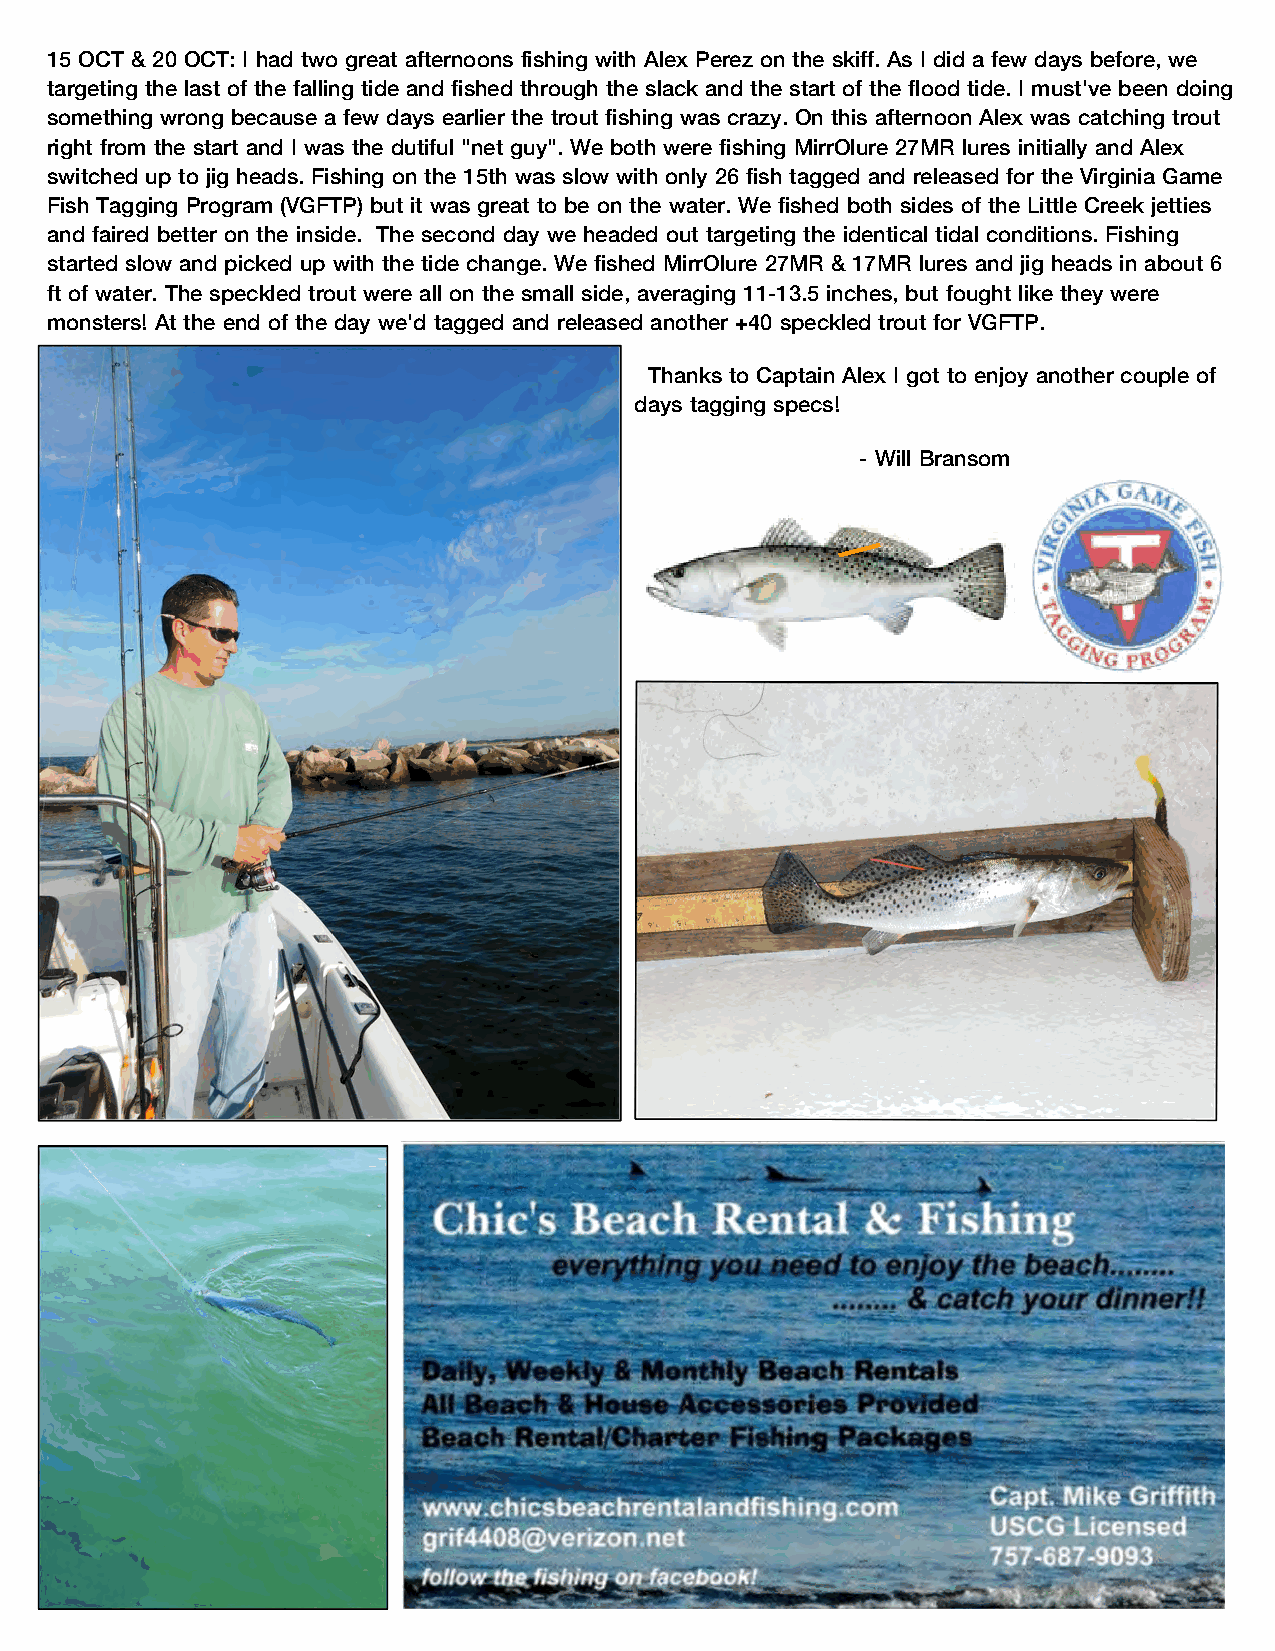
15 OCT & 20 OCT: I had two great afternoons fishing with Alex Perez on the skiff. As I did a few days before, we
 targeting the last of the falling tide and fished through the slack and the start of the flood tide. I must've been doing
 something wrong because a few days earlier the trout fishing was crazy. On this afternoon Alex was catching trout
 right from the start and I was the dutiful "net guy". We both were fishing MirrOlure 27MR lures initially and Alex
 switched up to jig heads. Fishing on the 15th was slow with only 26 fish tagged and released for the Virginia Game
 Fish Tagging Program (VGFTP) but it was great to be on the water. We fished both sides of the Little Creek jetties
 and faired better on the inside. The second day we headed out targeting the identical tidal conditions. Fishing
 started slow and picked up with the tide change. We fished MirrOlure 27MR & 17MR lures and jig heads in about 6
 ft of water. The speckled trout were all on the small side, averaging 11-13.5 inches, but fought like they were
 monsters! At the end of the day we'd tagged and released another +40 speckled trout for VGFTP.
 Thanks to Captain Alex I got to enjoy another couple of
 days tagging specs!
 - Will Bransom
 I